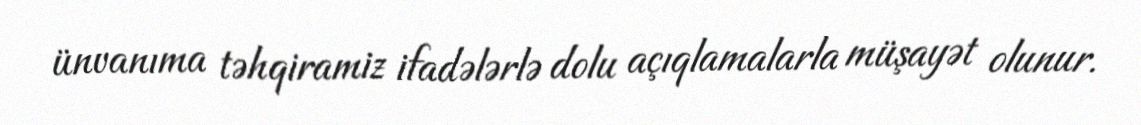
ünvanıma təhqiramiz ifadələrlə dolu açıqlamalarla müşayət olunur.